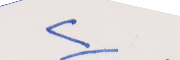
٢